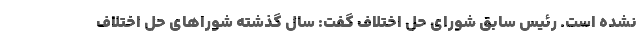
نشده است. رئیس سابق شورای حل اختلاف گفت: سال گذشته شوراهای حل اختلاف